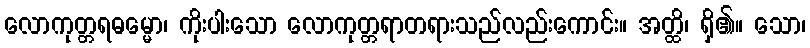
လောကုတ္တရဓမ္မော၊ ကိုးပါးသော လောကုတ္တရာတရားသည်လည်းကောင်း။ အတ္ထိ၊ ရှိ၏။ သော၊